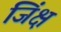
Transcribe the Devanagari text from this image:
जिंक्ष